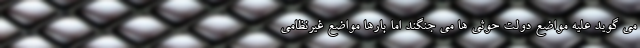
می گوید علیه مواضع دولت حوثی ها می جنگند اما بارها مواضع غیرنظامی